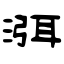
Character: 渳